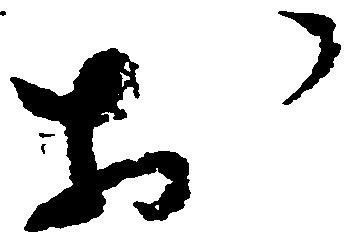
於